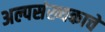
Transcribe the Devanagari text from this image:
अल्पसंख्यकाचे